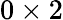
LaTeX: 0\times 2